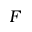
F